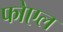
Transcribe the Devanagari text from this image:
फोएल